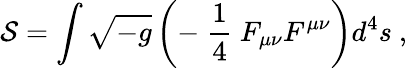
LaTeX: {\cal S}=\int\sqrt{-g}\left(-\ \frac{1}{4}\ F_{\mu\nu}F^{\mu\nu}\right)d^{4}s\ ,